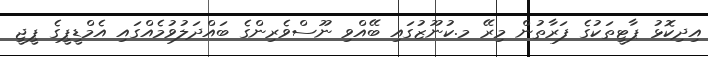
އިދިިކޮޅު ޕާޓީތަކުގެ ފަރާތުން މިރޭ މ.ކުނޫޒުގައި ބޭއްވި ނޫސްވެރިންގެ ބައްދަލުވުމެއްގައި އެމްޑީޕީގެ ޕީޖީ